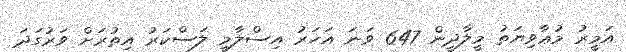
އަމީރު މުޢާވިޔަތު މީލާދީން 647 ވަނަ އަހަރު އިސްލާމީ ލަސްކަރު އިތުރަށް ވަރުގަދަ